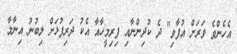
އެހެންވެ ވަރަށް އުފާވި" ދެ ކުދިންނާއި ފިރިމީހާއާ އެކު ދަރިފުޅަށް ލިބުނު އިނާމާ